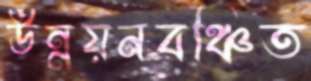
উন্নয়নবঞ্চিত